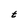
Character: t